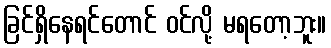
ခြင်ရှိနေရင်တောင် ဝင်လို့ မရတော့ဘူး။